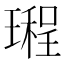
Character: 𤩏